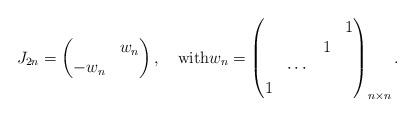
LaTeX: \begin{align*}J_{2n} = \begin{pmatrix} & w_n \\ -w_n & \end{pmatrix},\quad{\rm with}w_n = \begin{pmatrix} & & & 1 \\ & & 1 & \\& \cdots & & \\1 & & & \end{pmatrix}_{n\times n}.\end{align*}